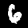
Digit: 6